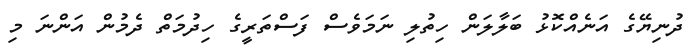
ދުނިޔޭގެ އަނެއްކޮޅު ބަލާލަން ހިތުލި ނަމަވެސް ފަސްތަރީގެ ހިދުމަތް ދެމުން އަންނަ މި